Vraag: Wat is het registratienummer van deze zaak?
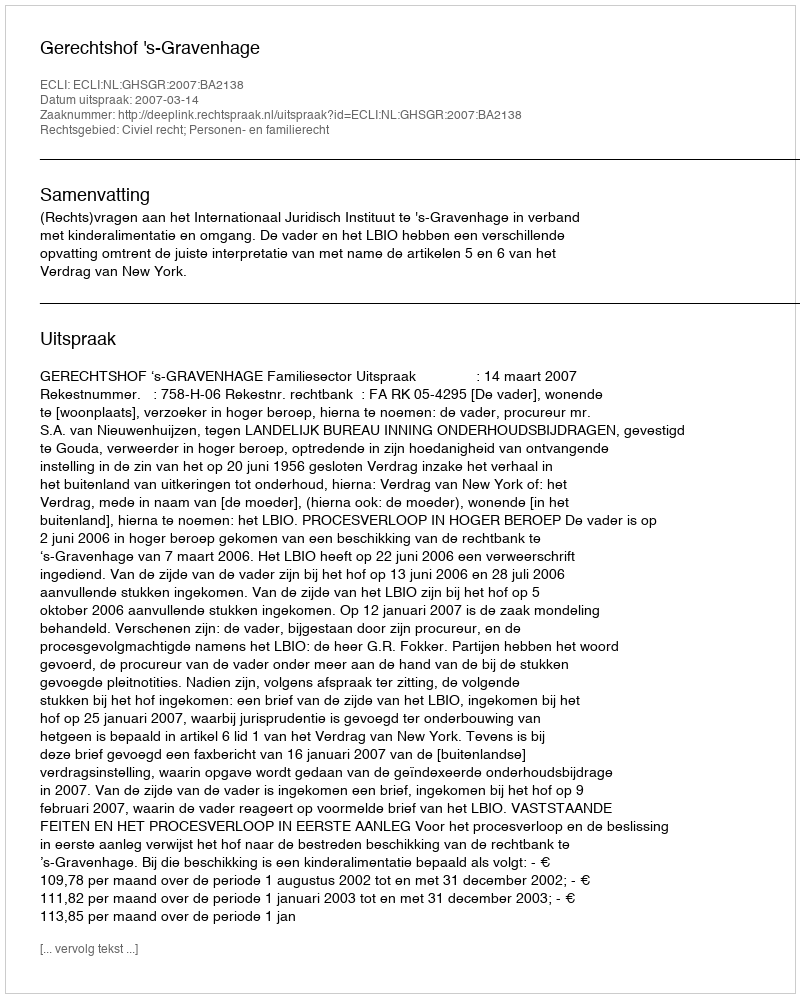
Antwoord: http://deeplink.rechtspraak.nl/uitspraak?id=ECLI:NL:GHSGR:2007:BA2138